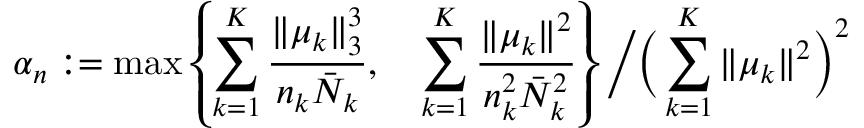
\alpha _ { n } : = \operatorname* { m a x } \left\{ \sum _ { k = 1 } ^ { K } \frac { \| \mu _ { k } \| _ { 3 } ^ { 3 } } { n _ { k } \bar { N } _ { k } } , \quad \sum _ { k = 1 } ^ { K } \frac { \| \mu _ { k } \| ^ { 2 } } { n _ { k } ^ { 2 } \bar { N } _ { k } ^ { 2 } } \right\} \bigg / \bigg ( \sum _ { k = 1 } ^ { K } \| \mu _ { k } \| ^ { 2 } \bigg ) ^ { 2 }